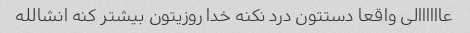
عاااااالی واقعا دستتون درد نکنه خدا روزیتون بیشتر کنه انشالله